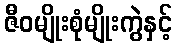
ဇီဝမျိုးစုံမျိုးကွဲနှင့်